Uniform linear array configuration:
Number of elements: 4
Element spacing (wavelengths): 1
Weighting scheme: cosine
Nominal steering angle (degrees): -60
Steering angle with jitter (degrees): -58.196
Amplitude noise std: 0.05
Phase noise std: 0.05

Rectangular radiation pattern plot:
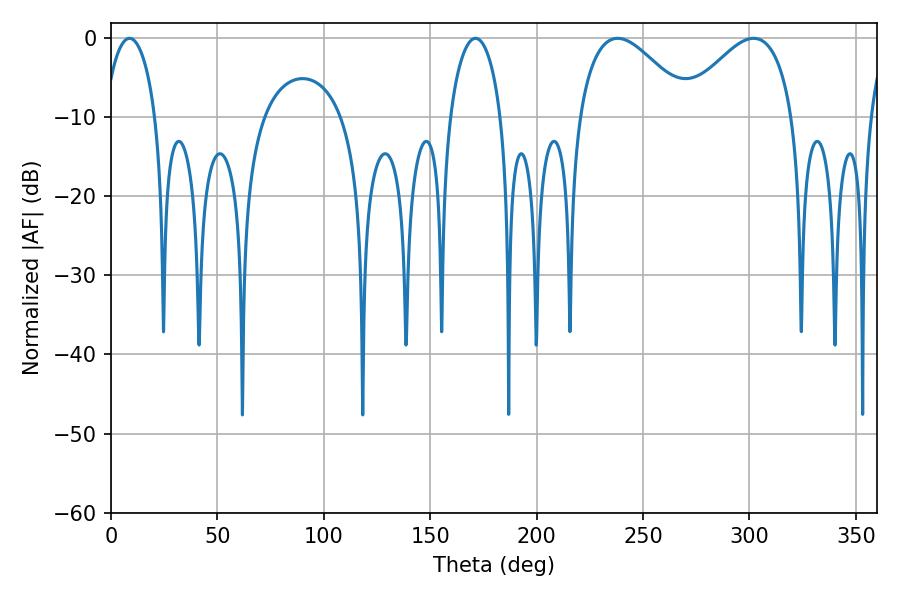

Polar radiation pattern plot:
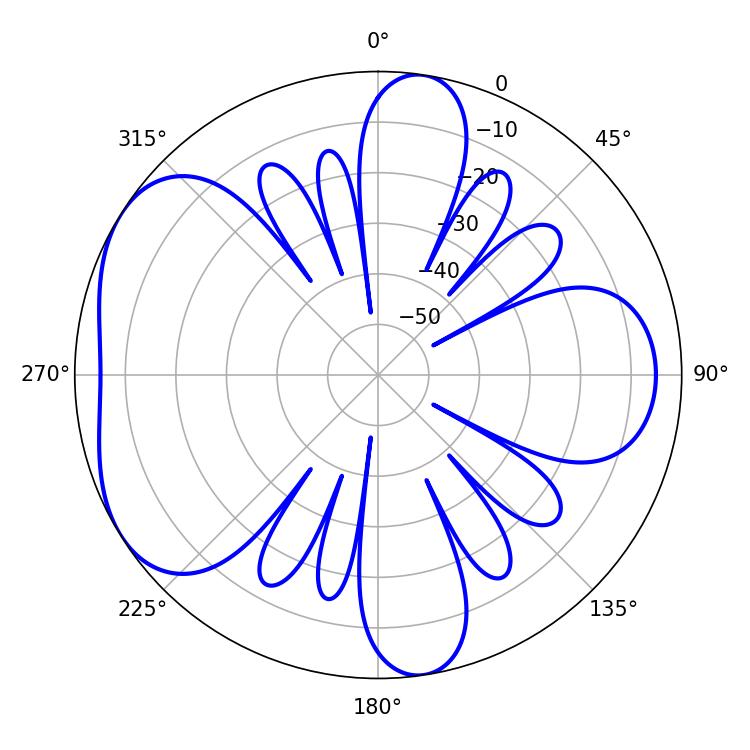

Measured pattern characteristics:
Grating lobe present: TRUE
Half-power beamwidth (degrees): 28.44
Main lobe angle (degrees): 238.14